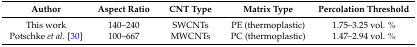
| Author | Aspect Ratio | CNT Type | Matrix Type | Percolation Threshold |
 | --- | --- | --- | --- | --- |
 | This work | 140–240 | SWCNTs | PE (thermoplastic) | 1.75–3.25 vol. % |
 | Potschke et al. [30] | 100–667 | MWCNTs | PC (thermoplastic) | 1.47–2.94 vol. % |